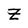
Character: Z